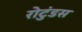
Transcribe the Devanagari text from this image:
रोटुंडस